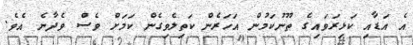
އެ އަޑާއި ކަޅިރަވައިގެ ތޫނުކަމުން އަހަރެން ކަތިލެވިގެން ކަމަށް ވެސް ވެދާނެ އެވެ.